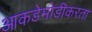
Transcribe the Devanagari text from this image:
आकडेमोडींकरता